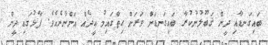
ބައިގަނޑާއި ދީން ޤަބޫލުނުކުރާ ބައިގަނޑަށް ވަރަށް ހިތްގައިމު ޢީދެއް އަންނާނެއެވެ. ފާޅުގައި ދީން